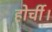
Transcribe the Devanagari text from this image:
होर्ची।